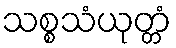
သစ္စသံယုတ္တံ